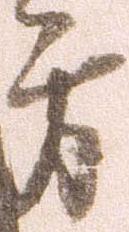
方